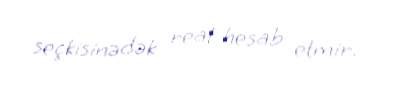
seçkisinədək real hesab etmir.